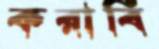
করাবি